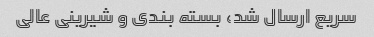
سریع ارسال شد، بسته بندی و شیرینی عالی